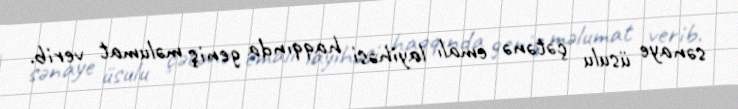
sənaye üsulu çətənə emalı layihəsi haqqında geniş məlumat verib.